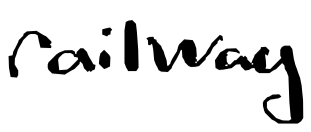
Text: railway
Cross-out: clean
Writing tool: digital_black